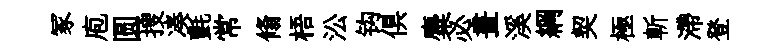
冢庖圆搜凑氈常翛梧㳂钩俱麋必晝溪綱契極斬滯登